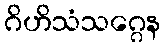
ဂိဟိသံသဂ္ဂေန